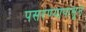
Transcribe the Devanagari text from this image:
पसरण्यापासून